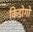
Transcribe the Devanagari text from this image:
किडोगो